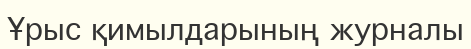
Ұрыс қимылдарының журналы